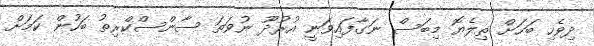
ދިވެހި ބަހަށް ތިލެޔޮ މިބަސް ނަގާފައިވަނީ އުރުދޫ ނުވަތަ ސާންސްކްރިތު ބަހުން ކަމަށް